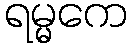
ရမ္မကေ